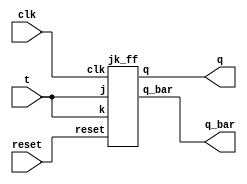
module T_ff(input clk,reset,t,output q,q_bar);
jk_ff dut(clk,reset,t,t,q,q_bar);
endmodule
module jk_ff(input clk,reset,j,k, output reg q,output q_bar);    
   always @(posedge clk) begin
     if(!reset) begin
       case ({j,k})  
         2'b00 :  q <= q;  
         2'b01 :  q <= 1'b0;  
         2'b10 :  q <= 1'b1;  
         2'b11 :  q <= ~q;  
      endcase  
     end  
     else begin
       q = 1'b0;
     end
   end
assign q_bar = ~q;
endmodule